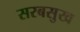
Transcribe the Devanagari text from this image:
सरबसुख